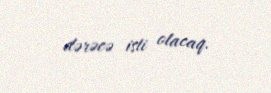
dərəcə isti olacaq.